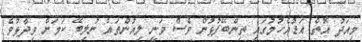
މިއަދު އޮތް އަޑުއެހުމުގައި ތިންބޭފުޅުން ވެސް ވަނީ ލިއުންތައް ނުލިބޭ ކަމަށް ވިދާޅުވެ